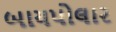
બાયપોલાર